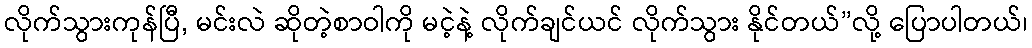
လိုက်သွားကုန်ပြီ, မင်းလဲ ဆိုတဲ့စာဝါကို မငဲ့နဲ့ လိုက်ချင်ယင် လိုက်သွား နိုင်တယ်”လို့ ပြောပါတယ်၊